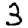
Digit: 3